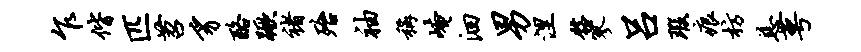
乍偕匹苕豸酪蹶褚殆袖称崦洄男涅髂寥吕瑕痕枋慈萼